Report of the Indian Hemp Drugs Commission, 1894-1895 - Volume VI
Year: 1894
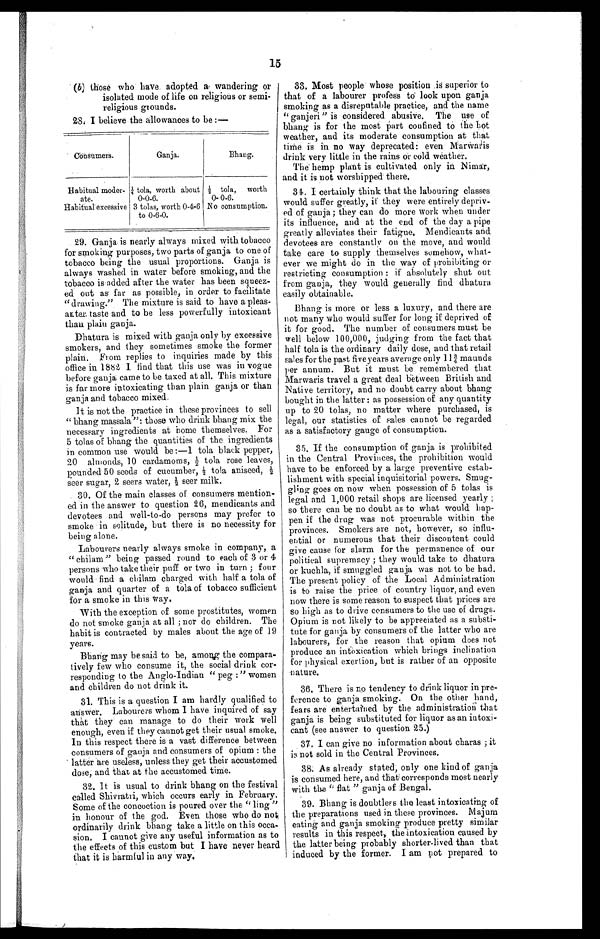
Ganja.
Bhang.
Consumers.
Habitual moder
ate.
Habi tual excessi ve
¼ tola, worth about
0-0-6.
3 tolas, worth 0-4-6
to 0-6-0.
½ tola, worth
0-0-6.
No consumption.
15
those who have. adopted a wandering or
isolated mode of life on religious or semi-
religious grounds.
28. I believe the allowances to be:
29. Ganja is nearly always mixed with tobacco
for smoking purposes, two parts of ganja to one of
tobacco being the usual proportions. Ganja is
always washed in water before smoking, and the
tobacco is added after the water has been squeez-
ed out as far as possible, in order to facilitate
"drawing." The mixture is said to have a pleas
-
anter taste and to be less powerfully intoxicant
than plain ganja.
Dhatura is mixed with ganja only by excessive
smokers, and they sometimes smoke the former
plain. From replies to inquiries made by this
office in 1882 I find that this use was in vogue
before ganja came to be taxed at all. This mixture
is far more intoxicating than plain ganja or than
g a n j a a n d t o b a c c o m i x e d .
It is not the practice in these provinces to sell
"bhang massala": those who drink bhang mix the
necessary ingredients at home themselves. For
tolas of bhang the quantities of the ingredients
in common use would be:-1 tola black pepper,
20 almonds, 10 cardamoms, ½ tola rose leaves,
pounded 50 seeds of cucumber, ½tola aniseed,
½
s e e r s u g a r , 2 s e e r s w a t e r , ½ s e e r m i l k .
.30. Of the main classes of consumers mention-
ed in the answer to question 26, mendicants and
devotees and well-to-do persons may prefer to
smoke in solitude, but there is no necessity for
being alone.
Labourers nearly always smoke in company, a
"chilam" being passed round to each of 3 or 4
persons who take their puff or two in turn; four
would find a chilam charged with half a tola of
ganja and quarter of a tola of tobacco sufficient
f o r a s m o k e i n t h i s w a y .
With the exception of some prostitutes, women
do not smoke ganja at all; nor do children. The
habit is contracted by males about the age of 19
y e a r s .
Bhang may be said to be, among the compara-
t- ively few who consume it, the social drink cor
-
responding to the Anglo-Indian "peg:" women
and children do not drink it.
31. This is a question I am hardly qualified to
answer. Labourers whom I have inquired of say
that they can manage to do their work well
enough, even if they cannot get their usual smoke.
In this respect there is a vast difference between
consumers of ganja and consumers of opium: the
latter are useless, unless they get their accustomed
dose; and that at the accustomed time.
32. It is usual to drink bhang on the festival
called Shivratri, which occurs early in February.
Some of the concoction is poured over the "ling"
in honour of the god. Even those who do not
ordinarily drink bhang take a little on this occa- -
sion, I cannot give any useful information as to
the effects of this custom but I have never heard
that it is harmful in any way.
33. Most people whose position is superior to
that of a labourer profess to look upon ganja
smoking as a disreputable practice, and the name
"ganjeri" is considered abusive. The use of
bhang is for the most part confined to the hot
weather, and its moderate consumption at that
time is in no way deprecated: even Marwaris
drink very little in the rains or cold weather.
The hemp plant is cultivated only in Nimar
,
and it is not worshipped there.
34, I certainly think that the labouring classes
would suffer greatly, if they were entirely depriv- -
ed of ganja; they can do more work when under
its influence, and at the end of the day a pipe
greatly alleviates their fatigue. Mendicants and
devotees are constantly on the move, and would
take care to supply themselves somehow, what- -
ever we might do in the way of prohibiting or
restricting consumption: if absolutely shut out
from ganja, they would generally find dhatura
easily obtainable.
Bhang is more or less a luxury, and there are
not many who would suffer for long if deprived of
it for good. The number of consumers must be
well below 100,000, judging from the fact that
half tola, is the ordinary daily dose, and that retail
sales for the past five years average only 11¾ maunds
per annum. But it must be remembered that
Marwaris travel a great deal between British and
Native territory, and no doubt carry about bhang
bought in the latter: as possession of any quantity
up to 20 tolas, no matter where purchased, is
legal, our statistics of sales cannot be regarded
as a satisfactory gauge of consumption.
35. If the consumption of ganja is prohibited
in the Central Provinces, the prohibition would
have to be enforced by a large preventive estab-
lishment with special inquisitorial powers. Smug--
gling goes on now when possession of 5 tolas is
legal and 1,000 retail shops are licensed yearly;
so there can be no doubt as to what would hap- -
pen if the drug was not procurable within the
provinces. Smokers are not, however, so influ- -
ential or numerous that their discontent could
give cause for alarm for the permanence of our
political supremacy; they would take to dhatura
or kuchla, if smuggled ganja was not to be had.
The present policy of the Local Administration
is to raise the price of country liquor, and even
now there is some reason to suspect that prices are
so high as to drive consumers to the use of drugs.
Opium is not likely to be appreciated as a substi- -
tute for ganja by consumers of the latter who are
labourers, for the reason that opium does not
produce an intoxication which brings inclination
for physical exertion, but is rather of an opposite
nature.
36. There is no tendency to drink liquor in pre--
ference to ganja smoking. On the other hand,
fears are entertained by the administration that
ganja is being substituted for liquor as an intoxi- -
cant (see answer to question 25.)
37. I can give no information about charas; it
is not sold in the Central Provinces.
38. As already stated; only one kind of ganja
is consumed here, and that corresponds most nearly
with the "flat" ganja of Bengal.
39. Bhang is doubtless the least intoxicating of
the preparations used in these provinces. Majum
eating and ganja smoking produce pretty similar
results in this respect, the intoxication caused by
the latter being probably shorter-lived than that
induced by the former. I am pot prepared to
(b)